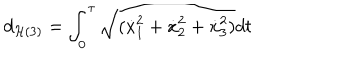
d _ { { \cal H } ( 3 ) } = \int _ { 0 } ^ { \tau } \sqrt { ( { \dot { x } } _ { 1 } ^ { 2 } + { \dot { x } } _ { 2 } ^ { 2 } + { \dot { x } } _ { 3 } ^ { 2 } ) } d t